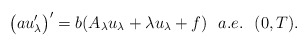
\begin{align*}{\big( au_{\lambda}^{\prime} \big)}^{\prime} =b(A_{\lambda}u_{\lambda} + \lambda u_{\lambda} + f) \ \ a.e. \ \ (0,T).\end{align*}